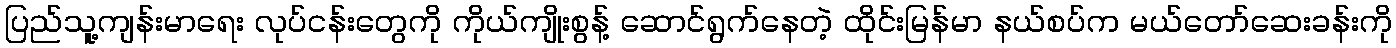
ပြည်သူ့ကျန်းမာရေး လုပ်ငန်းတွေကို ကိုယ်ကျိုးစွန့် ဆောင်ရွက်နေတဲ့ ထိုင်းမြန်မာ နယ်စပ်က မယ်တော်ဆေးခန်းကို